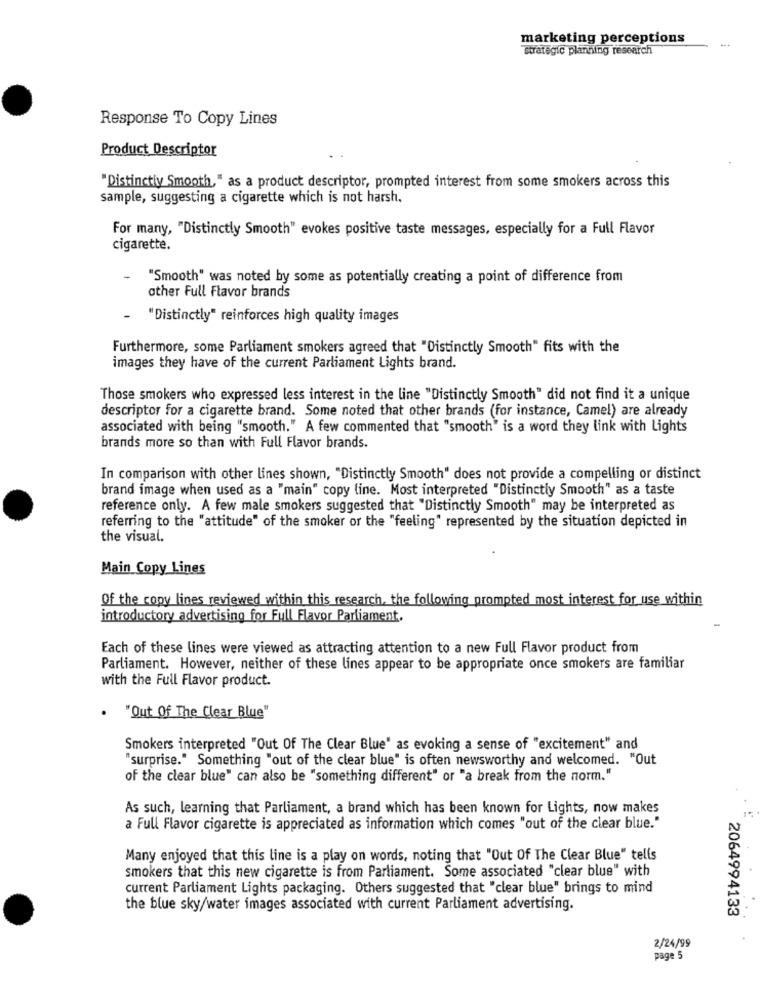
marketing perceptions
strategic planning research
Response To Copy Lines
Product Descriptor
"Distinctly Smooth," as a product descriptor, prompted interest from some smokers across this
sample, suggesting a cigarette which is not harsh.
For many, "Distinctly Smooth" evokes positive taste messages, especially for a Full Flavor
cigarette.
"Smooth" was noted by some as potentially creating a point of difference from
other Full Flavor brands
- "Distinctly" reinforces high quality images
Furthermore, some Parliament smokers agreed that "Distinctly Smooth" fits with the
images they have of the current Parliament Lights brand.
Those smokers who expressed less interest in the line "Distinctly Smooth" did not find it a unique
descriptor for a cigarette brand. Some noted that other brands (for instance, Camel) are already
associated with being "smooth." A few commented that "smooth" is a word they link with Lights
brands more so than with Full Flavor brands.
In comparison with other lines shown, "Distinctly Smooth" does not provide a compelling or distinct
brand image when used as a "main" copy line. Most interpreted "Distinctly Smooth" as a taste
reference only. A few male smokers suggested that "Distinctly Smooth" may be interpreted as
referring to the "attitude" of the smoker or the "feeling" represented by the situation depicted in
the visual.
Main Copy Lines
Of the copy lines reviewed within this research, the following prompted most interest for use within
introductory advertising for Full Flavor Parliament.
Each of these lines were viewed as attracting attention to a new Full Flavor product from
Parliament. However, neither of these lines appear to be appropriate once smokers are familiar
with the Full Flavor product.
. "Out Of The Clear Blue"
Smokers interpreted "Out Of The Clear Blue" as evoking a sense of "excitement" and
"surprise." Something "out of the clear blue" is often newsworthy and welcomed. "Out
of the clear blue" can also be "something different" or "a break from the norm."
As such, learning that Parliament, a brand which has been known for Lights, now makes
a Full Flavor cigarette is appreciated as information which comes "out of the clear blue."
Many enjoyed that this line is a play on words, noting that "Out Of The Clear Blue" tells
smokers that this new cigarette is from Parliament. Some associated "clear blue" with
current Parliament Lights packaging. Others suggested that "clear blue" brings to mind
the blue sky/water images associated with current Parliament advertising.
2064994133
2/24/99
page 5